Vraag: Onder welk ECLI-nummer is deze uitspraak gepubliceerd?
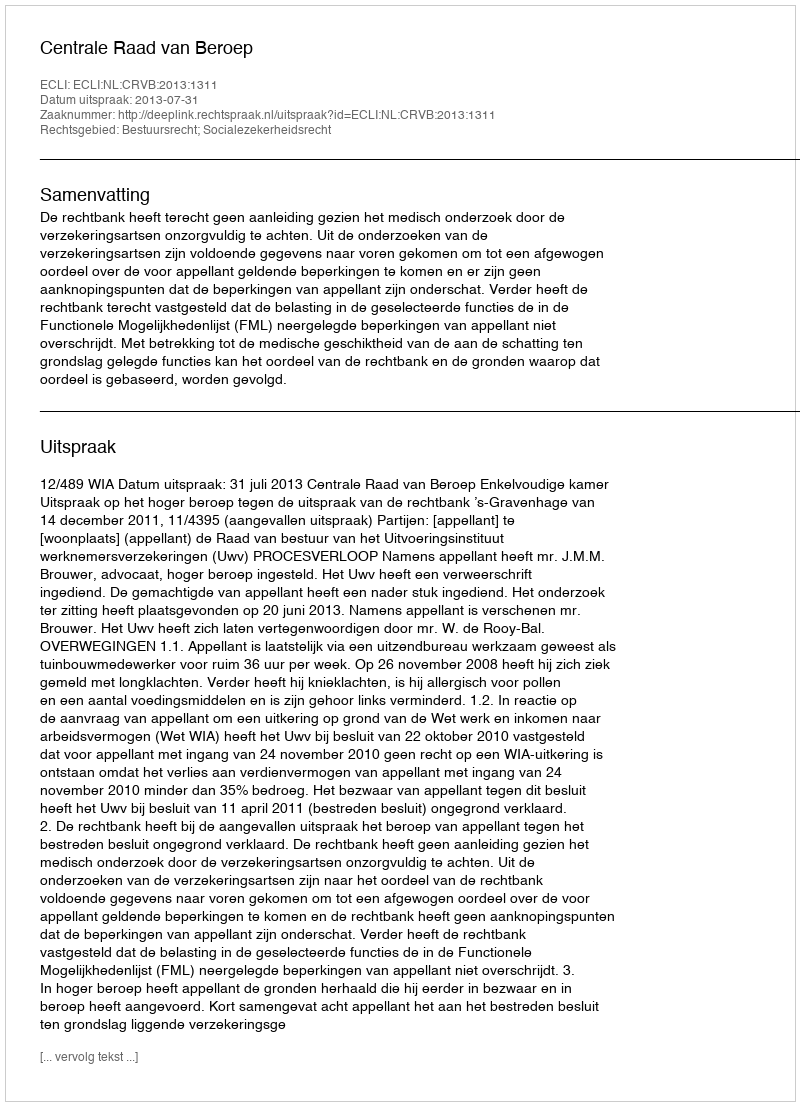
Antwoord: ECLI:NL:CRVB:2013:1311